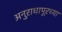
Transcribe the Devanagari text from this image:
अनुराधापूरच्या